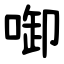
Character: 啣